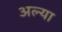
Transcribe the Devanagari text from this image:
अल्या